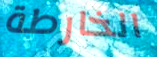
الخارطة